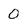
Character: 0